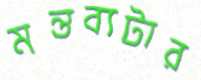
মন্তব্যটার